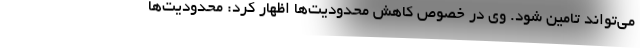
می‌تواند تامین شود. وی در خصوص کاهش محدودیت‌ها اظهار کرد: محدودیت‌ها